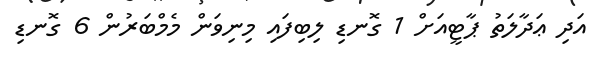
އަދި ޢަދާލަތު ޕާޓީއަށް 1 ގޮނޑި ލިބިފައި މިނިވަން މެމްބަރުން 6 ގޮނޑި